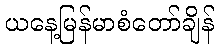
ယနေ့မြန်မာစံတော်ချိန်